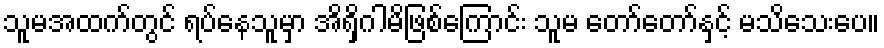
သူမအထက်တွင် ရပ်နေသူမှာ အိရှိဂါမိဖြစ်ကြောင်း သူမ တော်တော်နှင့် မသိသေးပေ။